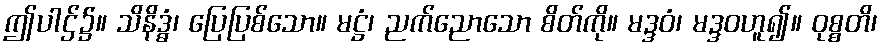
ဤပါဌ်၌။ သိနိဒ္ဓံ၊ ပြေပြစ်သော။ မဋ္ဌံ၊ ညက်ညောသော စိတ်ကို။ မဒ္ဒဝံ၊ မဒ္ဒဝဟူ၍။ ဝုစ္စတိ၊